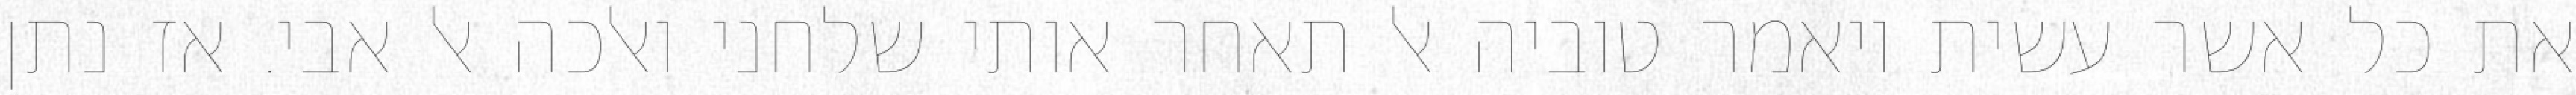
את כל אשר עשית ויאמר טוביה אל תאחר אותי שלחני ואלכה אל אבי. אז נתן